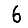
Digit: 6